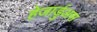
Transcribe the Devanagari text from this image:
हेजार्डुअस